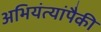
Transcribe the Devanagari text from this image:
अभियंत्यांपैकी